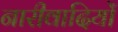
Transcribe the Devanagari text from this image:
नारीवादियों